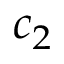
c _ { 2 }